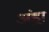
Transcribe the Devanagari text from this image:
अंड्रा